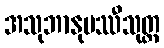
အသုဘာနုပဿီသုတ္တ